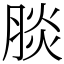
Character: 腅